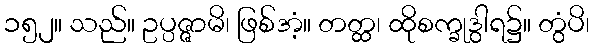
၁၅၂။ သည်။ ဥပ္ပဇ္ဇာမိ၊ ဖြစ်အံ့။ တတ္ထ၊ ထိုစက္ခုဒွါရ၌။ တွံပိ၊